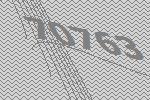
70763